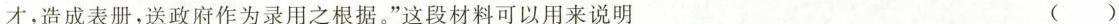
才，造成表册，送政府作为录用之根据。”这段材料可以用来说明 ()